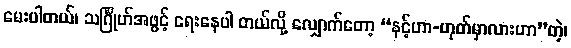
မေးပါတယ်၊ သင်္ဂြိုဟ်အဖွင့် ရေးနေပါ တယ်လို့ လျှောက်တော့ “နင့်ဟာ-ဟုတ်မှာလားဟာ”တဲ့၊